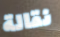
نقالة